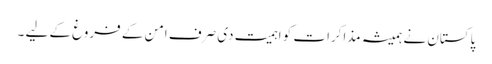
پاکستان نے ہمیشہ مذاکرات کو اہمیت دی صرف امن کے فروغ کے لیے ۔